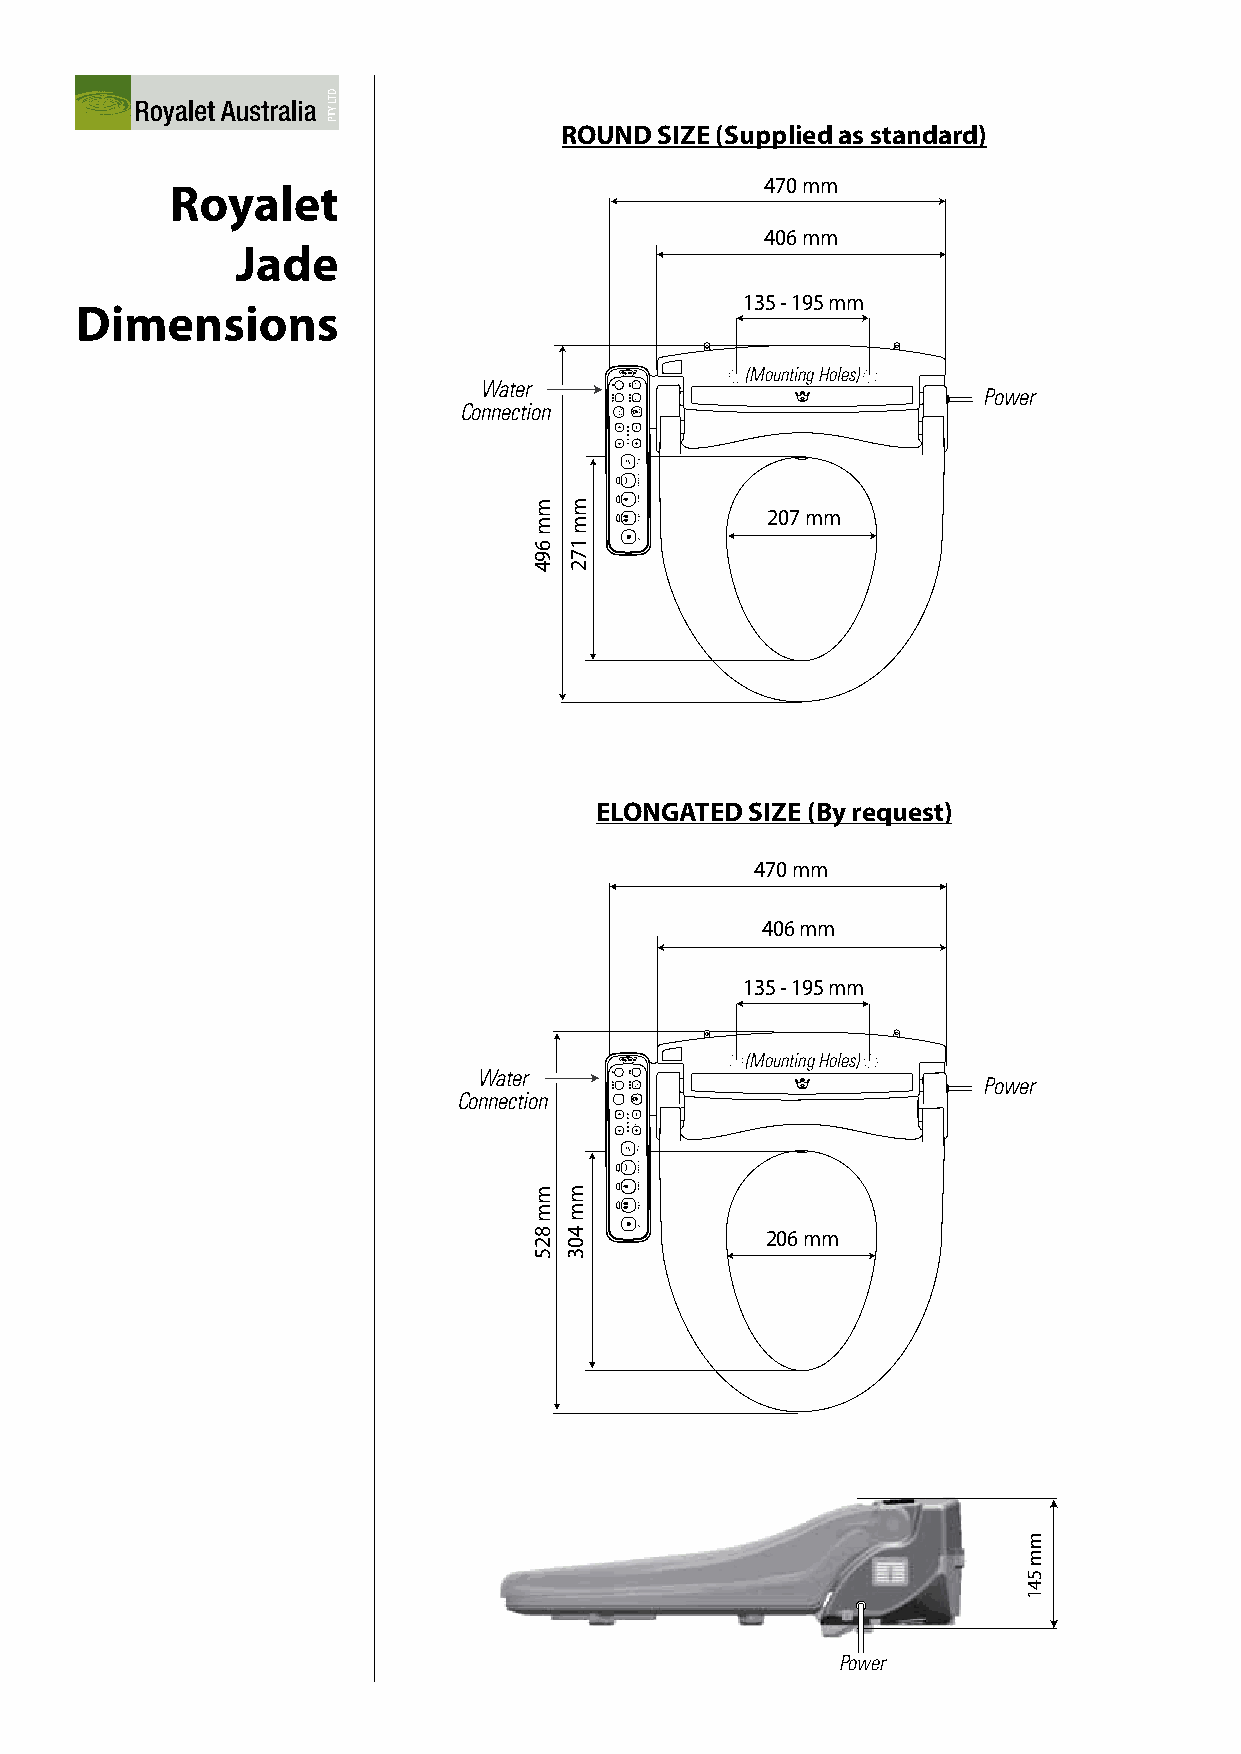
Dimensions for Royalet Jade Electronic bidet
 Elongated Size                                Round Size
 (By request)                             (Supplied as standard)
 ROUND  SIZE (Supplied as standard)
 470 mm                                           470 mm
 Royalet
 406 mm                                          406 mm
 Jade
 135 - 195 mm                                   135 - 195 mm
 Dimensions
 Water
 RoyalJAeDEt (Mounting Holes)
 Power          Water
 RoyalJAeDEt (Mounting Holes)
 Power
 Connection                    Connection
 207 mm
 206 mm
 Dimensions for Royalet Jade Electronic bidet
 Dimensions for Royalet Jade Electronic bidet
 Elongated Size                                  Round  Size
 (By request)                               (Supplied as standard)
 ELONGATED  SIZE (By request)
 Elongated Size                              Round Size
 (By request)                           (Supplied as standard) 470 mm      470 mm
 470 mm                406 mm               470 mm                     406 mm
 406 mm                                     406 mm
 135 - 195 mm                                    135 - 195 mm
 Power
 135 - 195 mm                               135 - 195 mm
 Water
 RoyalJAeDEt (Mounting Holes)
 Power         Water
 RoyalJAeDEt (Mounting Holes)
 Power
 Water
 RoyalJAeDEt (MountiCngo Hnonleesc)tion
 Power        Water
 RoyalJAeDEt (Mounting Holes) Connection
 Power
 Connection                                 Connection
 207 mm
 207 mm 206 mm
 206 mm
 Power
 Power
 mm
 825
 mm
 403
 mm
 825
 mm
 403
 mm
 694
 mm
 825
 mm
 172
 mm
 403
 mm
 541
 mm
 694
 mm
 172
 mm
 541
 mm
 694
 mm
 172
 mm
 541